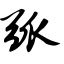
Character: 弧